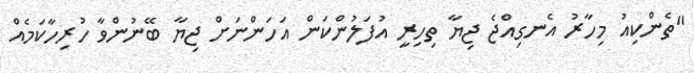
"ތެންކިއު މިހާރު އެނގިއްޖެ ޖިޔާ ތިހިރީ އުފަލުންކަން އަހަންނަށް ޖިޔާ ބޭނުންވާ ހުރިހާކަމެއް